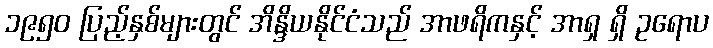
၁၉၅၀ ပြည့်နှစ်များတွင် အိန္ဒိယနိုင်ငံသည် အာဖရိကနှင့် အာရှ ရှိ ဥရောပ